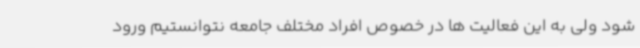
شود ولی به این فعالیت ها در خصوص افراد مختلف جامعه نتوانستیم ورود